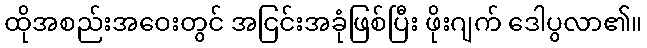
ထိုအစည်းအဝေးတွင် အငြင်းအခုံဖြစ်ပြီး ဖိုးဂျက် ဒေါပွလာ၏။